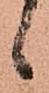
候